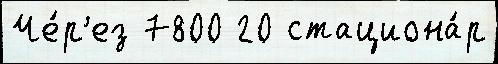
Че́р'ез 7800 20 стациона́р